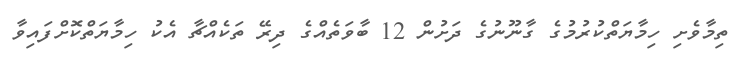
ތިމާވެށި ހިމާޔަތްކުރުމުގެ ގާނޫނުގެ ދަށުން 12 ބާވަތެއްގެ ދިރޭ ތަކެއްޗާ އެކު ހިމާޔަތްކޮށްފައިވާ